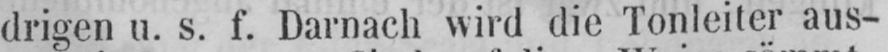
drigen u. s. f. Darnach wird die Tonleiter aus-